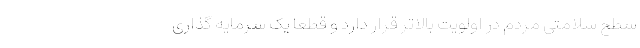
سطح سلامتی مردم در اولویت بالاتر قرار دارد و قطعاً یک سرمایه گذاری